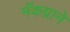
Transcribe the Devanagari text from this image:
मॅकग्राने